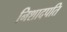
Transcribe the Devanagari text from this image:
निशादपति